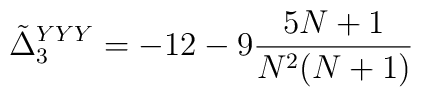
\tilde{\Delta}_3^{YYY} = - 12 - 9 {5N + 1 \over N^2 (N+1)}